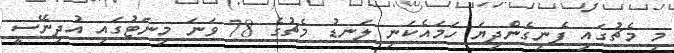
މި މެޗުގައި ފެނިގެންދިޔަ ހަމައެކަނި ލަނޑު މެޗުގެ 78 ވަނަ މިނަޓުގައި އުދިނޭސީ